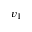
v _ { 1 }